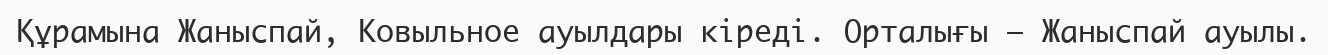
Құрамына Жаныспай, Ковыльное ауылдары кіреді. Орталығы – Жаныспай ауылы.